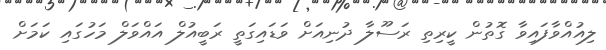
ލިއުއްވާފައިވާ ގޮތުން ކީރިތި ރަސޫލާ ދުނިއަށް ވަޑައިގަތީ ރަބީއުލް އައްވަލް މަހުގައި ކަމަށް